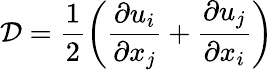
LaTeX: \mathcal{D}=\frac{1}{2}\left(\frac{\partial u_{i}}{\partial x_{j}}+\frac{\partial u_{j}}{\partial x_{i}}\right)